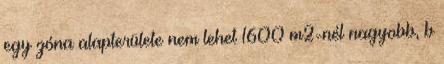
egy zóna alapterülete nem lehet 1600 m2-nél nagyobb, b